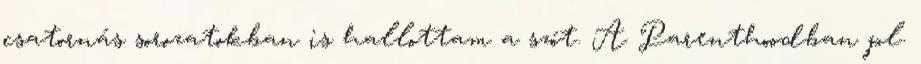
csatornás sorozatokban is hallottam a szót. A Parenthoodban pl.